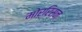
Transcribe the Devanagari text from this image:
मोर्रिसन